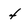
Character: 4